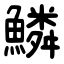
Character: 鱗